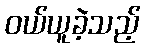
ဝယ်ယူခဲ့သည့်